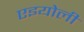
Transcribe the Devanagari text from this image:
एइयोली